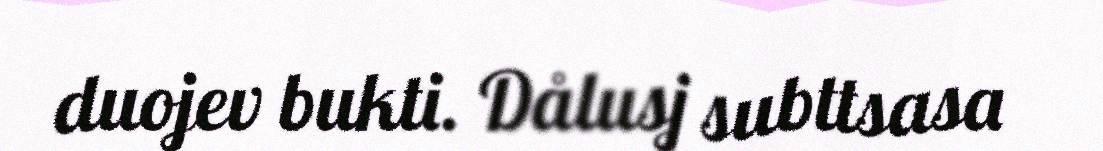
duojev bukti. Dålusj subttsasa